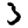
Digit: 3